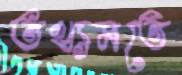
তথ্যমতে